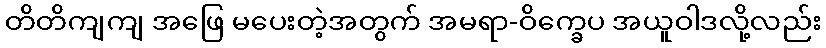
တိတိကျကျ အဖြေ မပေးတဲ့အတွက် အမရာ-ဝိက္ခေပ အယူဝါဒလို့လည်း